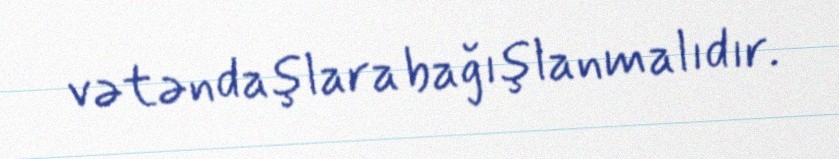
vətəndaşlara bağışlanmalıdır.